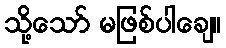
သို့သော် မဖြစ်ပါချေ။